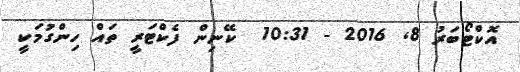
އޮކްޓޯބަރު 8